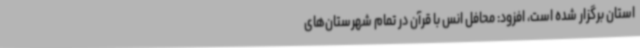
استان برگزار شده است، افزود: محافل انس با قرآن در تمام شهرستان‌های